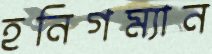
হনিগম্যান